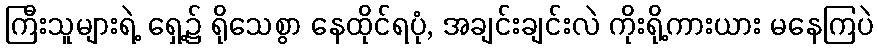
ကြီးသူများရဲ့ ရှေ့၌ ရိုသေစွာ နေထိုင်ရပုံ, အချင်းချင်းလဲ ကိုးရို့ကားယား မနေကြပဲ